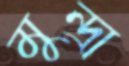
মুন্দ্রা